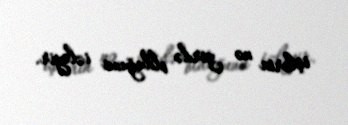
işlərin nə yerdə olduğunu izləyir.